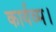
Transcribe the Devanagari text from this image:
कार्यव्म।